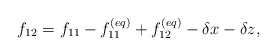
\begin{align*}{f_{12}} = {f_{11}} - f_{11}^{\left( {eq} \right)} + f_{12}^{\left( {eq} \right)} - \delta x - \delta z,\end{align*}